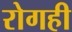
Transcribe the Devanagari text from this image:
रोगही